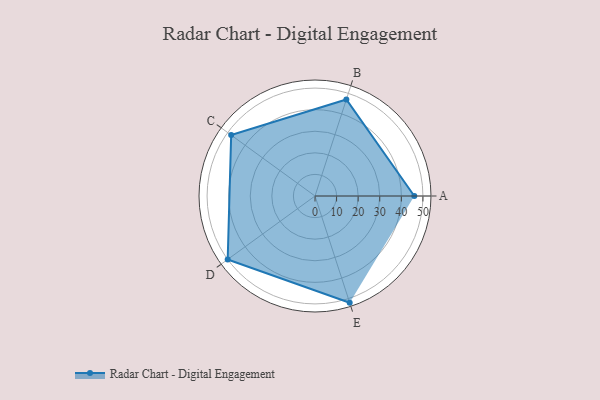
{"axis": {"x": "Skill", "y": "Score"}, "legend": ["Profile"], "data": [{"x": "A", "y": 46.0, "type": "Profile"}, {"x": "B", "y": 47.0, "type": "Profile"}, {"x": "C", "y": 48.0, "type": "Profile"}, {"x": "D", "y": 50.0, "type": "Profile"}, {"x": "E", "y": 52.0, "type": "Profile"}]}